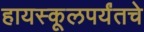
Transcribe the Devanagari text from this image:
हायस्कूलपर्यंतचे